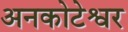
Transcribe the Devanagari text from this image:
अनकोटेश्वर